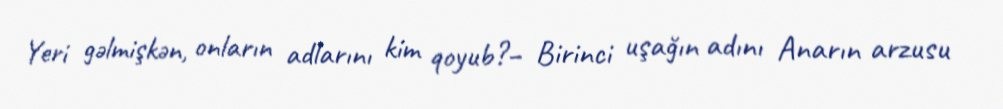
Yeri gəlmişkən, onların adlarını kim qoyub?– Birinci uşağın adını Anarın arzusu